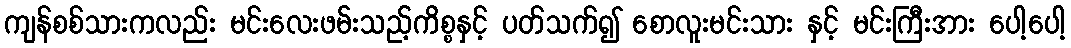
ကျန်စစ်သားကလည်း မင်းလေးဖမ်းသည့်ကိစ္စနှင့် ပတ်သက်၍ စောလူးမင်းသား နှင့် မင်းကြီးအား ပေါ့ပေါ့